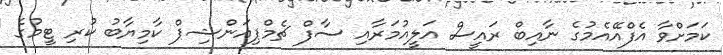
ކަމަށްވާ އެފްއޭއެމުގެ ނާއިބް ރައީސް އަލީއުމަރާއި ސާފް ޗެމްޕިއަންޝިޕް ކާމިޔާބު ކުރި ޓީމުގެ